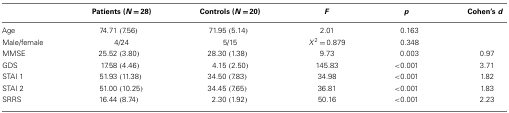
<table><thead><tr><td></td><td><b>Patients (<i>N</i> = 28)</b></td><td><b>Controls (<i>N</i> = 20)</b></td><td><b><i>F</i></b></td><td><b><i>p</i></b></td><td><b>Cohen’s <i>d</i></b></td></tr></thead><tbody><tr><td>Age</td><td>74.71 (7.56)</td><td>71.95 (5.14)</td><td>2.01</td><td>0.163</td><td></td></tr><tr><td>Male/female</td><td>4/24</td><td>5/15</td><td><i>X</i><sup>2</sup> = 0.879</td><td>0.348</td><td></td></tr><tr><td>MMSE</td><td>25.52 (3.80)</td><td>28.30 (1.38)</td><td>9.73</td><td>0.003</td><td>0.97</td></tr><tr><td>GDS</td><td>17.58 (4.46)</td><td>4.15 (2.50)</td><td>145.83</td><td>&lt;0.001</td><td>3.71</td></tr><tr><td>STAI 1</td><td>51.93 (11.38)</td><td>34.50 (7.83)</td><td>34.98</td><td>&lt;0.001</td><td>1.82</td></tr><tr><td>STAI 2</td><td>51.00 (10.25)</td><td>34.45 (7.65)</td><td>36.81</td><td>&lt;0.001</td><td>1.83</td></tr><tr><td>SRRS</td><td>16.44 (8.74)</td><td>2.30 (1.92)</td><td>50.16</td><td>&lt;0.001</td><td>2.23</td></tr></tbody></table>